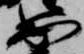
出